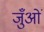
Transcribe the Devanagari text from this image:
जुँओं